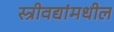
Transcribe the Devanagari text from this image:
स्त्रीवद्यांमधील